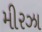
મીરઝા